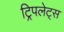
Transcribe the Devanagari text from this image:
ट्रिपलेट्स